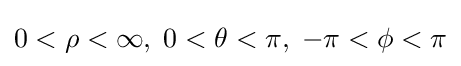
0<\rho <\infty ,\;0<\theta <\pi ,\;-\pi <\phi <\pi